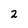
Character: 2